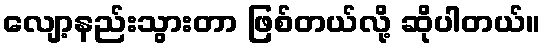
လျော့နည်းသွားတာ ဖြစ်တယ်လို့ ဆိုပါတယ်။